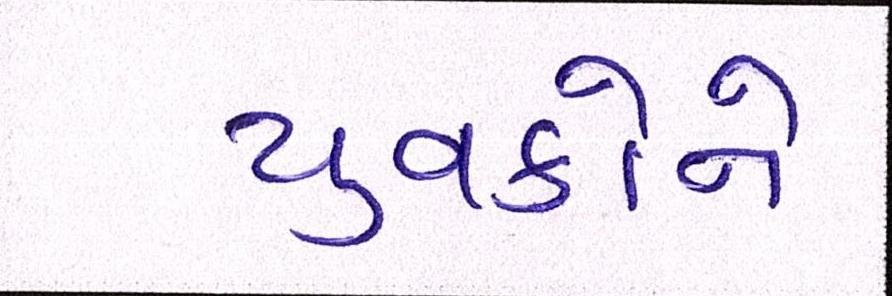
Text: યુવકોને